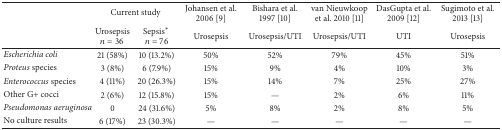
<table><thead><tr><td><b> </b></td><td colspan="2"><b>Current study</b></td><td><b>Johansen et al. 2006 [9]</b></td><td><b>Bishara et al. 1997 [10]</b></td><td><b>van Nieuwkoop et al. 2010 [11]</b></td><td><b>DasGupta et al. 2009 [12]</b></td><td><b>Sugimoto et al. 2013 [13]</b></td></tr><tr><td><b> </b></td><td><b>Urosepsis <i>n</i> = 36</b></td><td><b>Sepsis<sup><i>∗</i></sup> <i>n</i> = 76</b></td><td><b>Urosepsis</b></td><td><b>Urosepsis/UTI</b></td><td><b>Urosepsis/UTI</b></td><td><b>UTI</b></td><td><b>Urosepsis</b></td></tr></thead><tbody><tr><td><i>Escherichia coli</i></td><td>21 (58%)</td><td>10 (13.2%)</td><td>50%</td><td>52%</td><td>79%</td><td>45%</td><td>51%</td></tr><tr><td><i>Proteus </i>species</td><td>3 (8%)</td><td>6 (7.9%)</td><td>15%</td><td>9%</td><td>4%</td><td>10%</td><td>3%</td></tr><tr><td><i>Enterococcus </i>species</td><td>4 (11%)</td><td>20 (26.3%)</td><td>15%</td><td>14%</td><td>7%</td><td>25%</td><td>27%</td></tr><tr><td>Other G+ cocci</td><td>2 (6%)</td><td>12 (15.8%)</td><td>15%</td><td>—</td><td>2%</td><td>6%</td><td>11%</td></tr><tr><td><i>Pseudomonas aeruginosa</i></td><td>0</td><td>24 (31.6%)</td><td>5%</td><td>8%</td><td>2%</td><td>8%</td><td>5%</td></tr><tr><td>No culture results</td><td>6 (17%)</td><td>23 (30.3%)</td><td>—</td><td>—</td><td>—</td><td>—</td><td>—</td></tr></tbody></table>